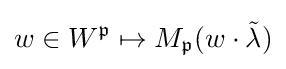
w\in W^{\mathfrak {p}}\mapsto M_{\mathfrak {p}}(w\cdot {\tilde {\lambda }})